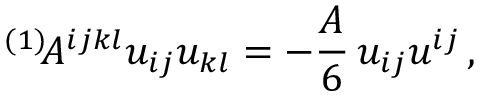
{ } ^ { ( 1 ) } \! A ^ { i j k l } u _ { i j } u _ { k l } = - \frac { A } { 6 } \, u _ { i j } u ^ { i j } \, ,